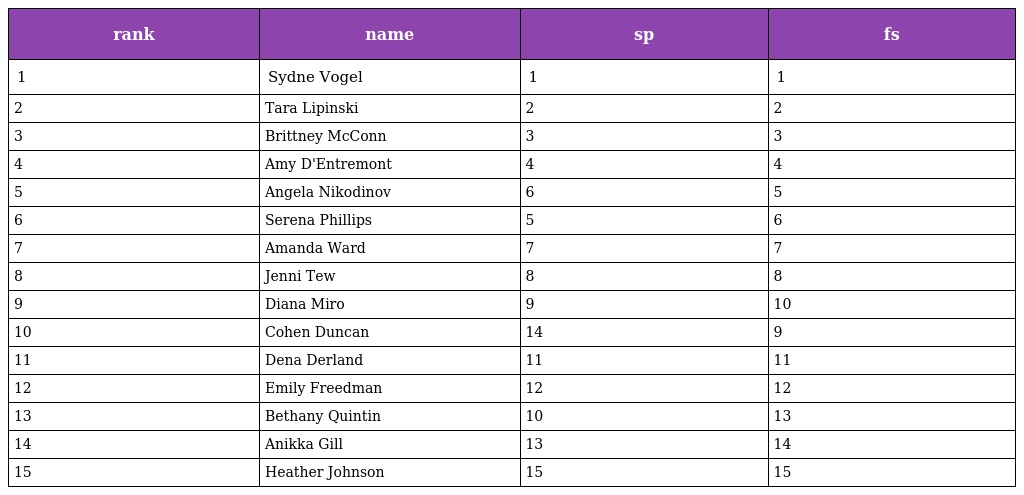
| rank | name | sp | fs |
 | --- | --- | --- | --- |
 | 1 | Sydne Vogel | 1 | 1 |
 | 2 | Tara Lipinski | 2 | 2 |
 | 3 | Brittney McConn | 3 | 3 |
 | 4 | Amy D'Entremont | 4 | 4 |
 | 5 | Angela Nikodinov | 6 | 5 |
 | 6 | Serena Phillips | 5 | 6 |
 | 7 | Amanda Ward | 7 | 7 |
 | 8 | Jenni Tew | 8 | 8 |
 | 9 | Diana Miro | 9 | 10 |
 | 10 | Cohen Duncan | 14 | 9 |
 | 11 | Dena Derland | 11 | 11 |
 | 12 | Emily Freedman | 12 | 12 |
 | 13 | Bethany Quintin | 10 | 13 |
 | 14 | Anikka Gill | 13 | 14 |
 | 15 | Heather Johnson | 15 | 15 |